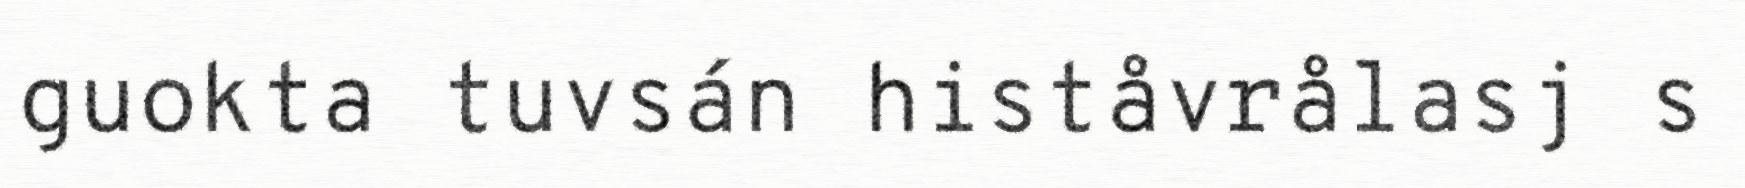
guokta tuvsán histåvrålasj s